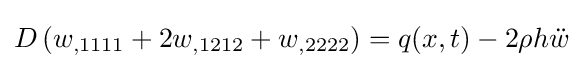
D\left(w_{,1111}+2w_{,1212}+w_{,2222}\right)=q(x,t)-2\rho h{\ddot {w}}